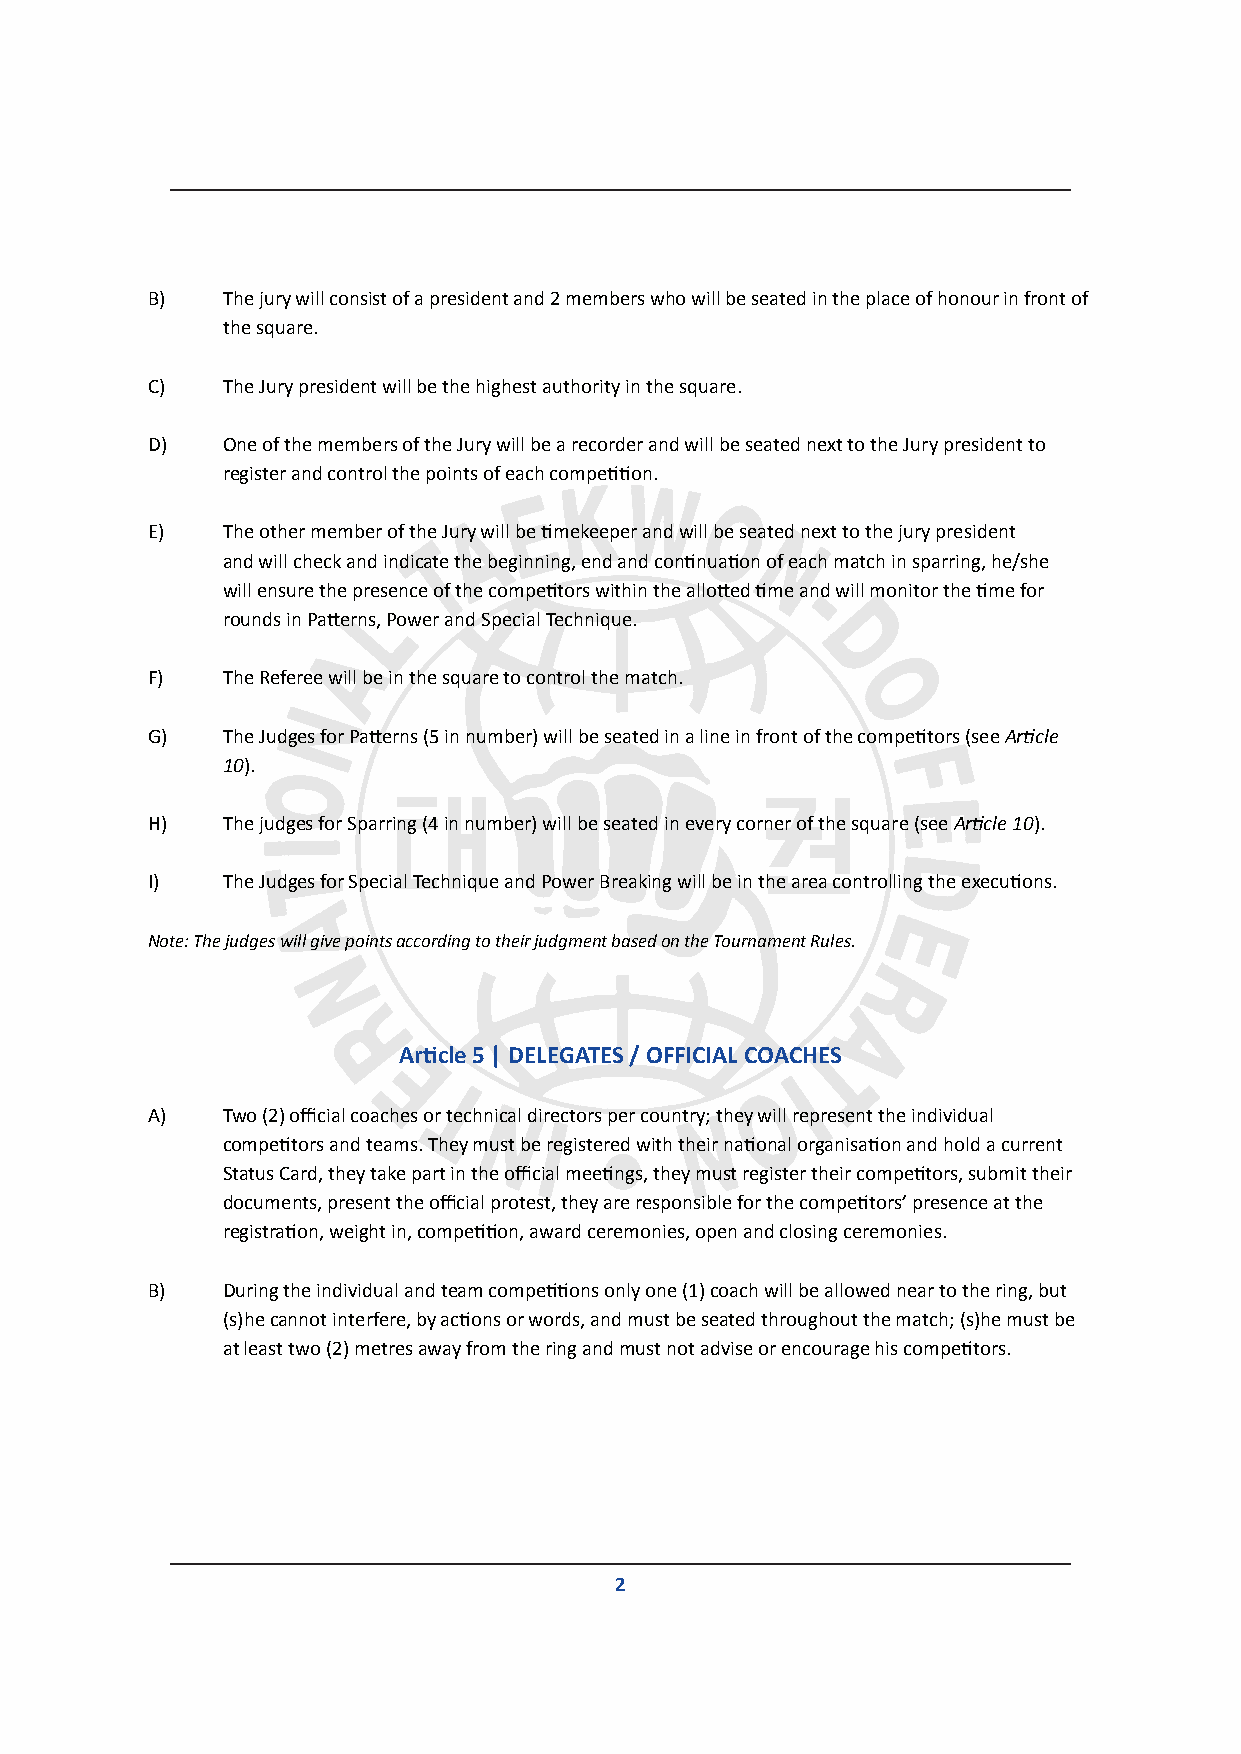
B)   The jury will consist of a president and 2 members who will be seated in the place of honour in front of
 the square.
 C)   The Jury president will be the highest authority in the square.
 D)   One of the members of the Jury will be a recorder and will be seated next to the Jury president to
 register and control the points of each competition.
 E)   The other member of the Jury will be timekeeper and will be seated next to the jury president
 and will check and indicate the beginning, end and continuation of each match in sparring, he/she
 will ensure the presence of the competitors within the allotted time and will monitor the time for
 rounds in Patterns, Power and Special Technique.
 F)   The Referee will be in the square to control the match.
 G)   The Judges for Patterns (5 in number) will be seated in a line in front of the competitors (see Article
 10).
 H)   The judges for Sparring (4 in number) will be seated in every corner of the square (see Article 10).
 I)   The Judges for Special Technique and Power Breaking will be in the area controlling the executions.
 Note: The judges will give points according to their judgment based on the Tournament Rules.
 Article 5 | DELEGATES / OFFICIAL COACHES
 A)   Two (2) official coaches or technical directors per country; they will represent the individual
 competitors and teams. They must be registered with their national organisation and hold a current
 Status Card, they take part in the official meetings, they must register their competitors, submit their
 documents, present the official protest, they are responsible for the competitors’ presence at the
 registration, weight in, competition, award ceremonies, open and closing ceremonies.
 B)   During the individual and team competitions only one (1) coach will be allowed near to the ring, but
 (s)he cannot interfere, by actions or words, and must be seated throughout the match; (s)he must be
 at least two (2) metres away from the ring and must not advise or encourage his competitors.
 2